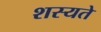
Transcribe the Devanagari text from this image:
शस्यते